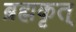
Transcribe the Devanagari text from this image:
ब्रह्मकृत्